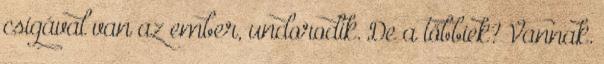
csigával van az ember, undorodik. De a többiek? Vannak.